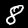
Label: 8